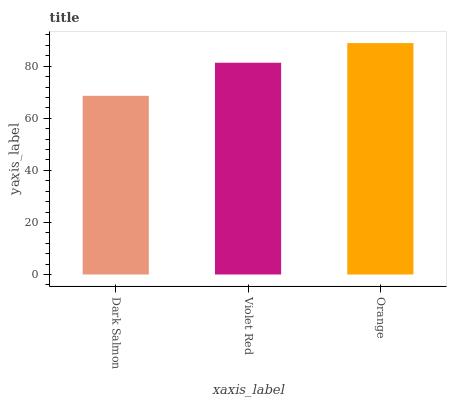
| xaxis_label | bars |
 | --- | --- |
 | Dark Salmon | 68.6 |
 | Violet Red | 81.3 |
 | Orange | 88.9 |